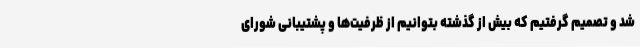
شد و تصمیم گرفتیم که بیش از گذشته بتوانیم از ظرفیت‌ها و پشتیبانی شورای